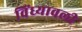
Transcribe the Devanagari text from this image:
विंध्यावली